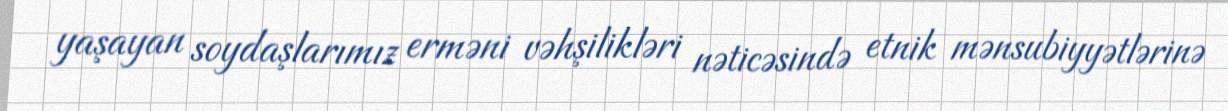
yaşayan soydaşlarımız erməni vəhşilikləri nəticəsində etnik mənsubiyyətlərinə